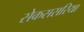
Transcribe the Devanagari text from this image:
सेकससरिया